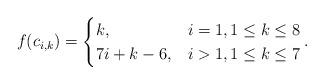
LaTeX: \begin{align*}f(c_{i,k}) &=\begin{cases}k, & i=1, 1 \leq k \leq 8\\ 7i+k-6,& i>1, 1 \leq k \leq 7 \end{cases}.\end{align*}